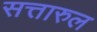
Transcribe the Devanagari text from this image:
सत्तारुल